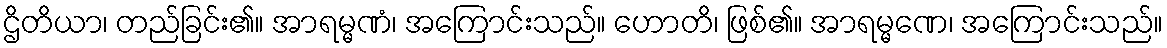
ဌိတိယာ၊ တည်ခြင်း၏။ အာရမ္မဏံ၊ အကြောင်းသည်။ ဟောတိ၊ ဖြစ်၏။ အာရမ္မဏေ၊ အကြောင်းသည်။